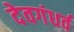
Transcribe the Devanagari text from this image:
देवगंधर्व